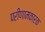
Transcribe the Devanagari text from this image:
परीणामकारक